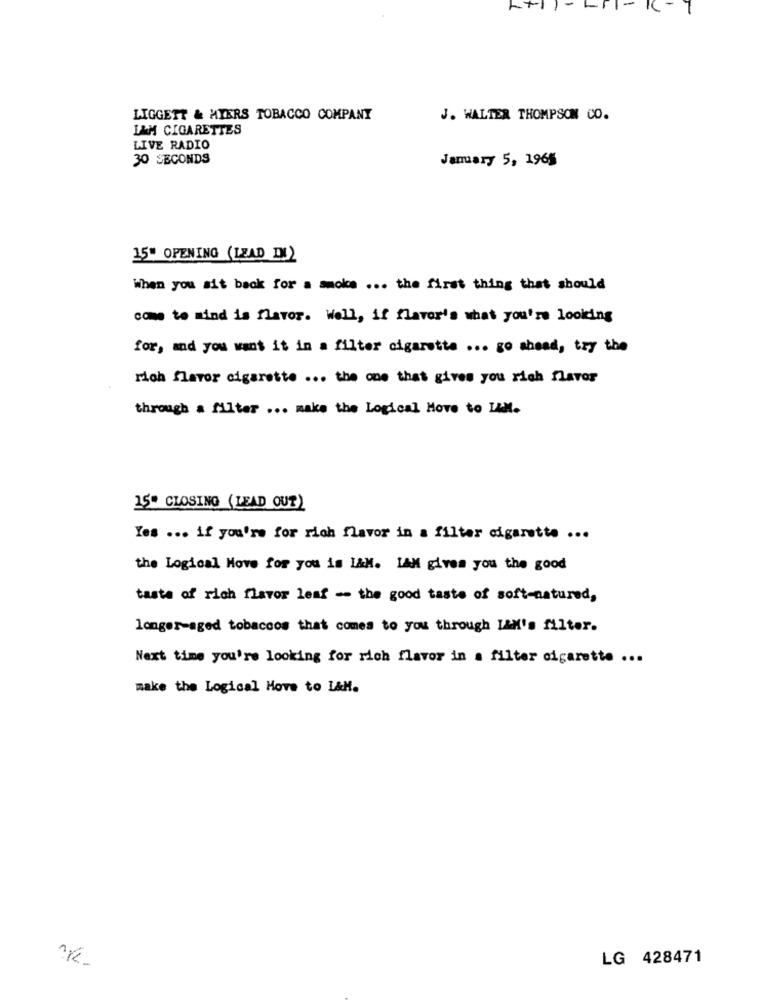
-
LIGGETT & MIERS TOBACCO COMPANY
J. WALTER THOMPSON CO.
IAM CIGARETTES
LIVE RADIO
30 SECONDS
January 5, 1965
15" OPENING (LEAD INI)
When you sit back for a smoke ... the first thing that should
came to mind is flavor. Well, if flavor's what you're looking
for, and you want it in a filter cigarette ... go ahead, try the
rich flavor cigarette ... the one that gives you rich flavor
through a filter ... make the Logical Move to IMM.
15" CLOSING (LEAD OUT)
Yes ... if you're for rich flavor in a filter cigarette ...
the Logical Move for you is I&M. IAM gives you the good
taste of rich flavor leaf - the good taste of soft-natured,
longer-aged tobaccos that comes to you through IAM's filter.
Next time you're looking for rich flavor in a filter cigarette ...
make the Logical Move to L&M.
LG 428471